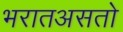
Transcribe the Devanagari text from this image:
भरातअसतो